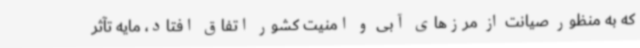
که به منظور صیانت از مرزهای آبی و امنیت کشور اتفاق افتاد، مایه تآثر